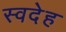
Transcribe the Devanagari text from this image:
स्वदेह